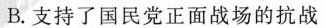
B.支持了国民党正面战场的抗战